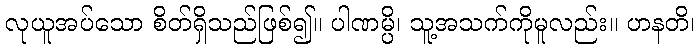
လုယူအပ်သော စိတ်ရှိသည်ဖြစ်၍။ ပါဏမ္ပိ၊ သူ့အသက်ကိုမူလည်း။ ဟနတိ၊